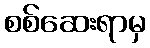
စစ်ဆေးရာမှ